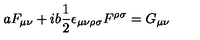
a F _ { \mu \nu } + i b \frac { 1 } { 2 } \epsilon _ { \mu \nu \rho \sigma } F ^ { \rho \sigma } = G _ { \mu \nu }